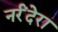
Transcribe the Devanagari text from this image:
नर्रंदेरा